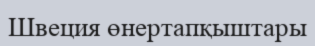
Швеция өнертапқыштары